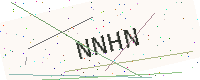
Text: NNHN